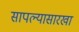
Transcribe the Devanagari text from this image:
सापल्यासारखा